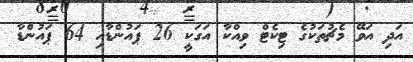
އަދި އަވޭ މެޗުތަކުގެ ޓިކެޓް ވިއްކާ އަގަކީ 26 ޕައުންޑާއި 64 ޕައުންޑާ